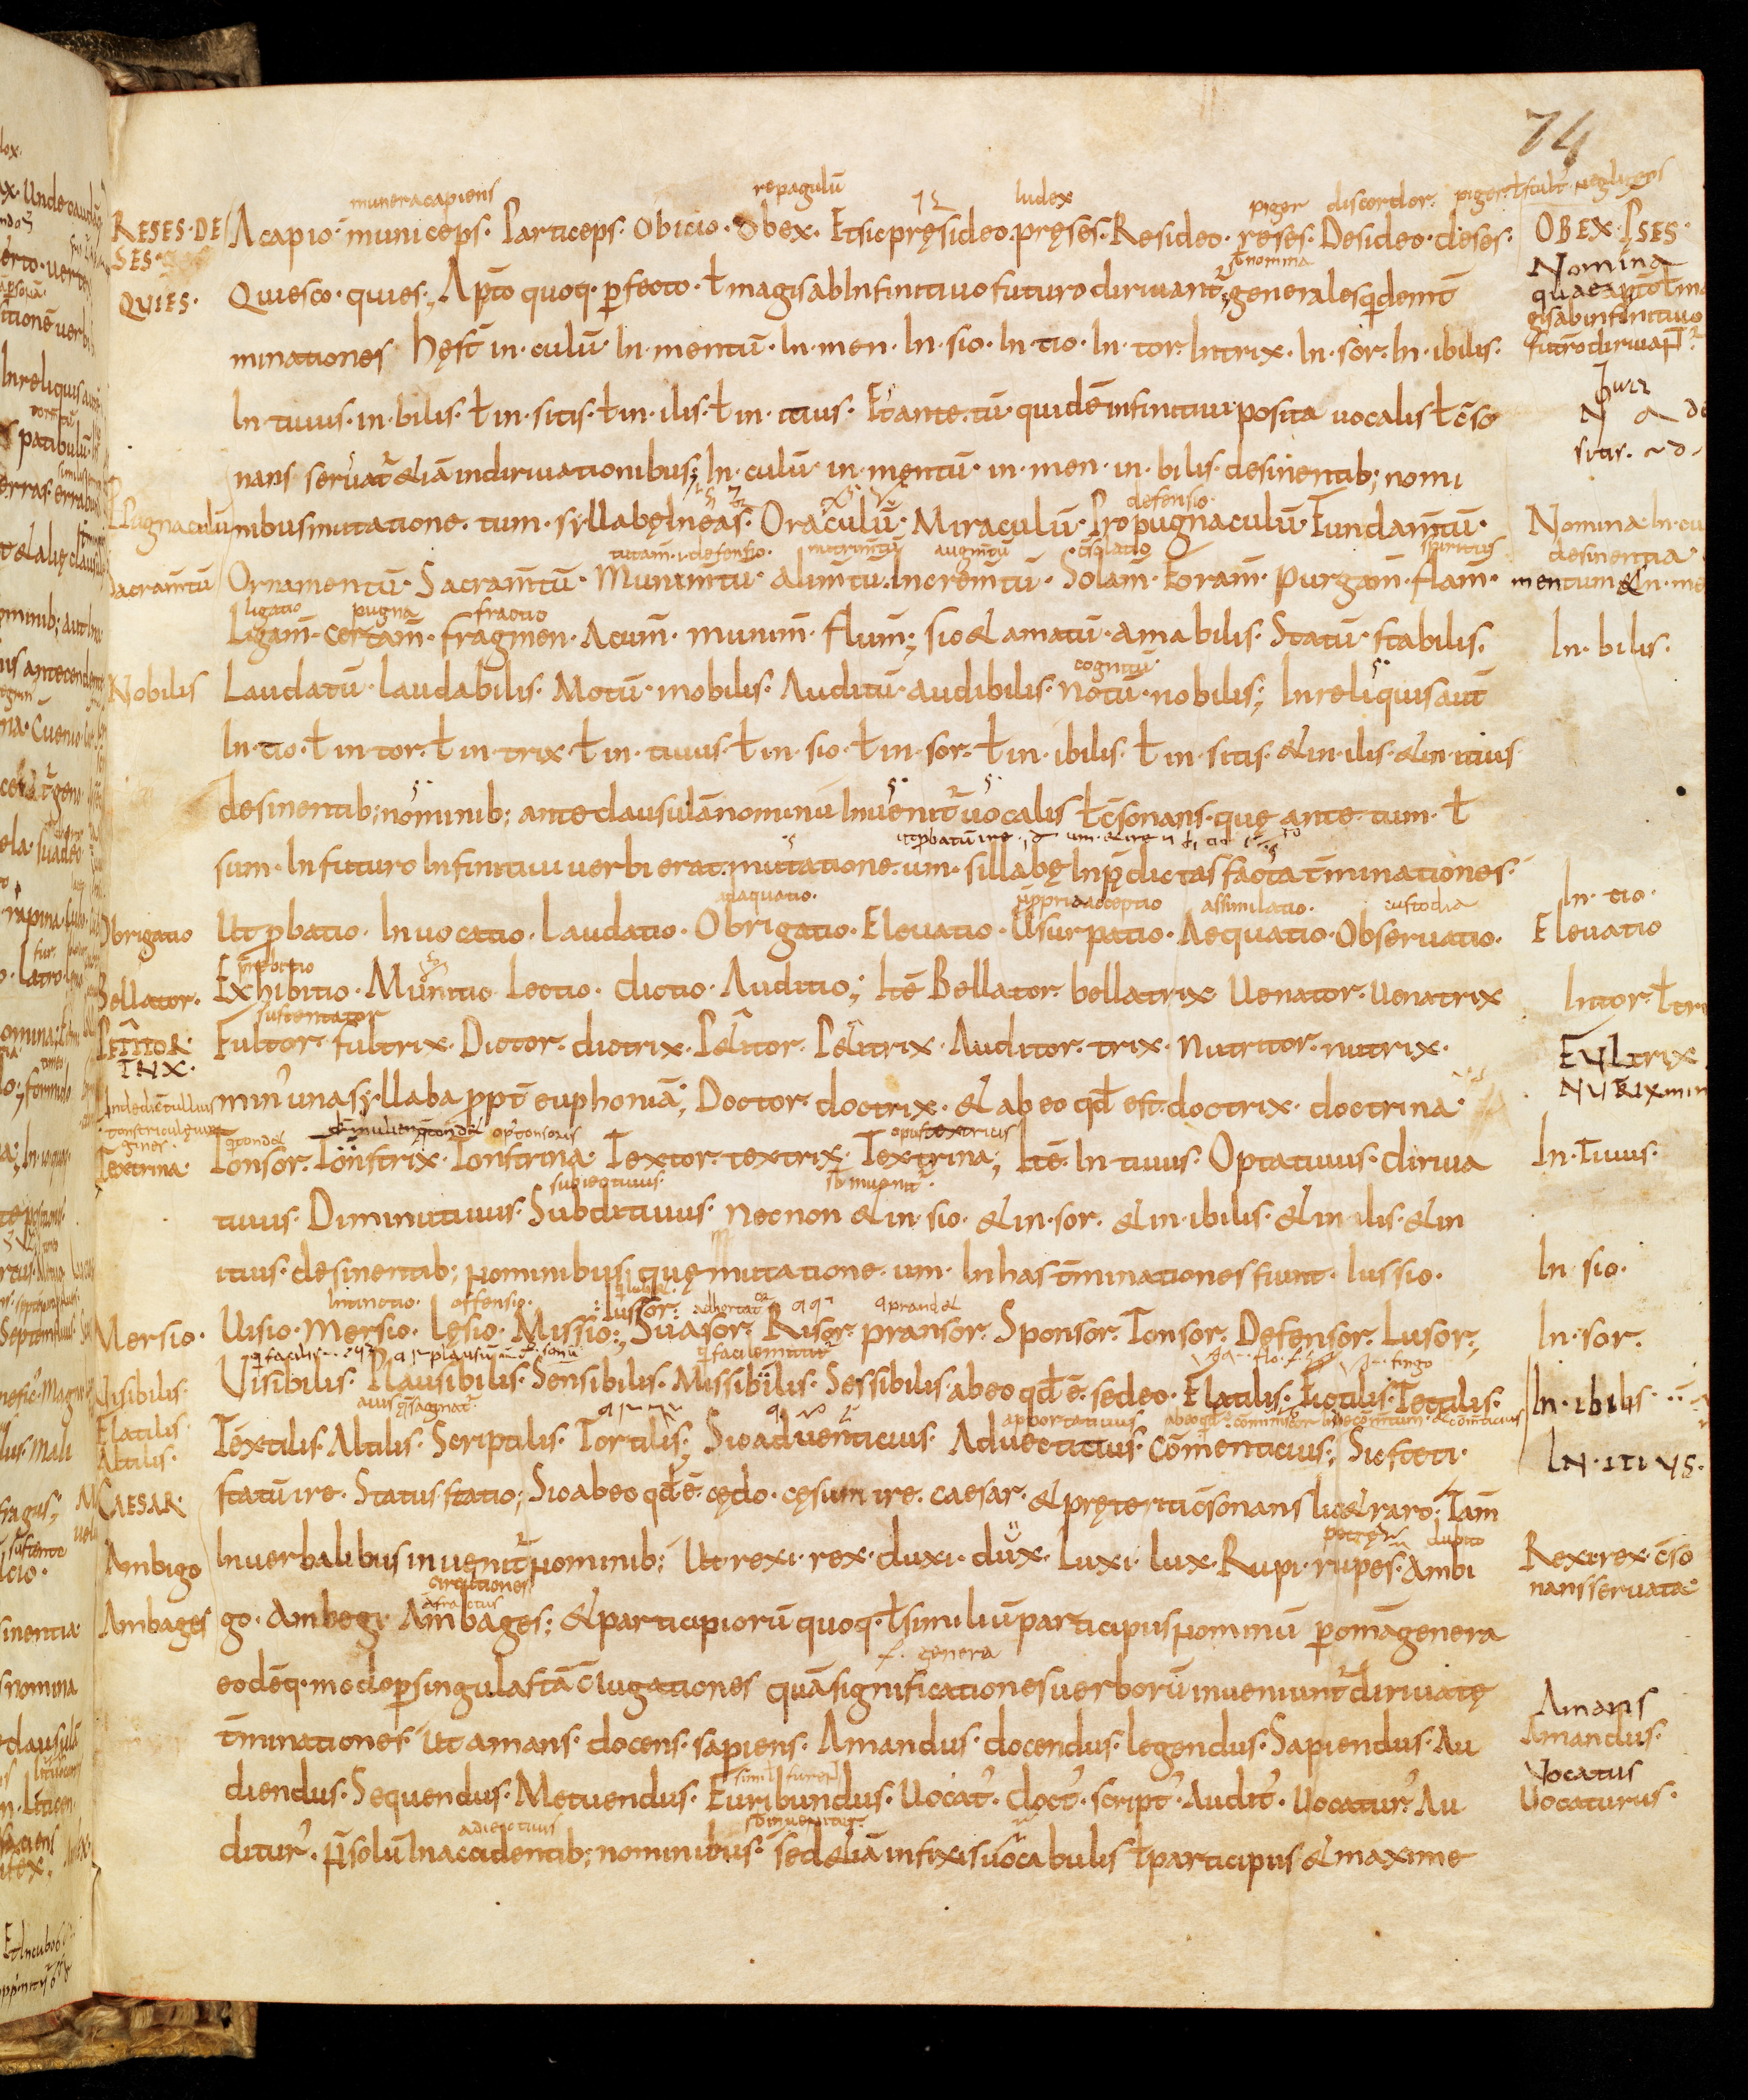
Shelfmark: Bamberg, Staatsbibliothek, MS Class. 30
Century: 9